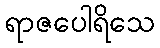
ရာဇပေါရိသေ